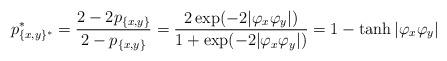
LaTeX: \begin{align*}p^*_{\{x,y\}^*} = \frac{2-2p_{\{x,y\}}}{2-p_{\{x,y\}}}=\frac{2\exp(-2|\varphi_x \varphi_y|)}{1+\exp(-2|\varphi_x \varphi_y|)}=1- \tanh |\varphi_x \varphi_y|\end{align*}